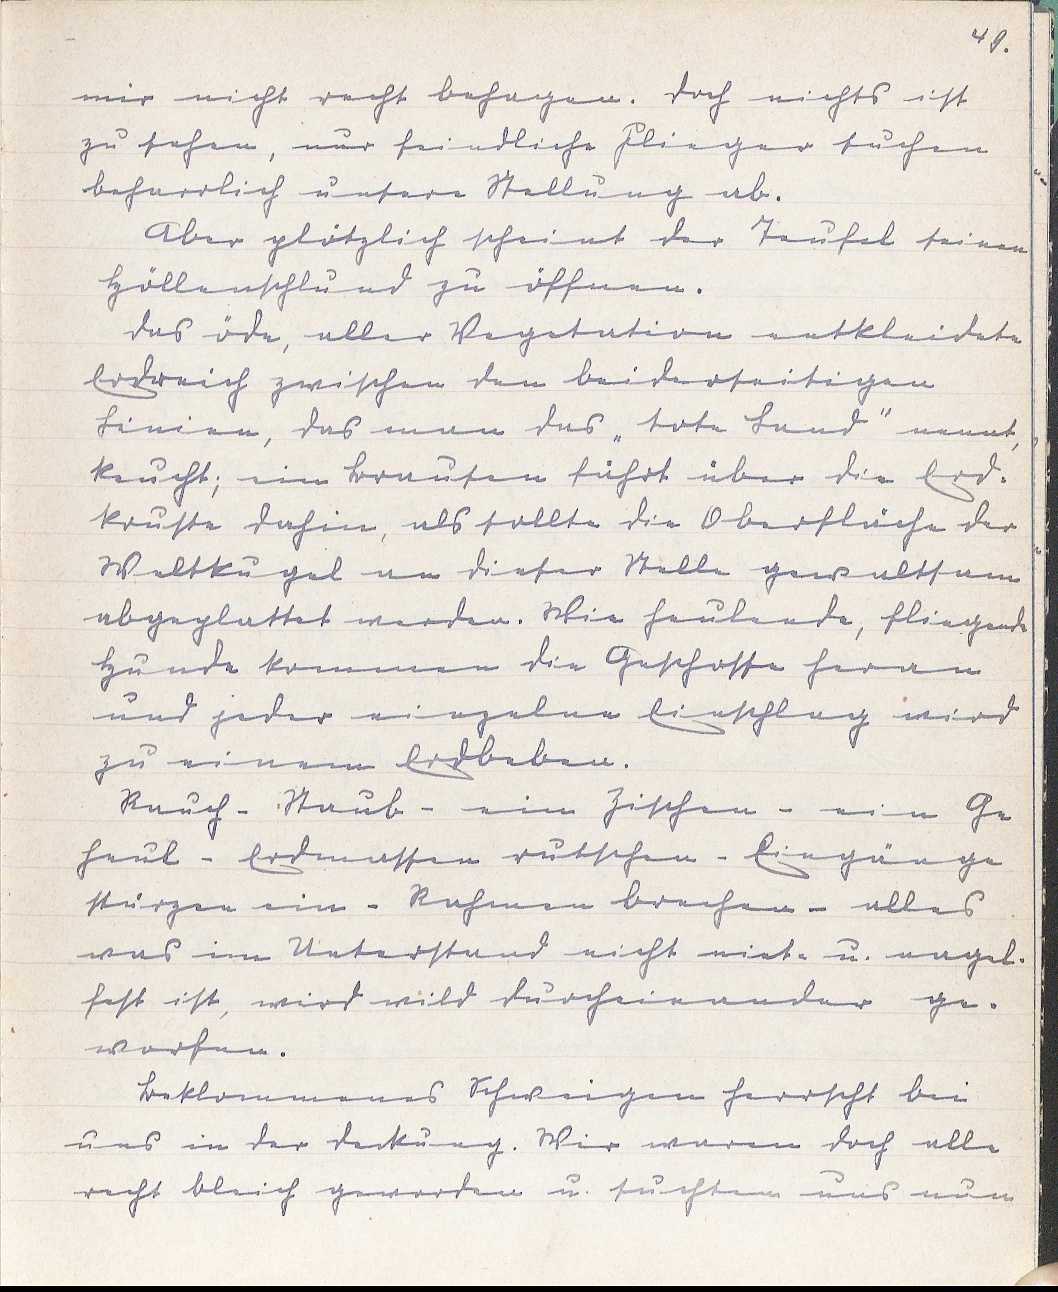
49.
mir nicht recht behagen. Doch nichts ist
zu sehen, nur feindliche Flieger suchen
beharrlich unsere Stellung ab.
Aber plötzlich scheint der Teufel seinen
Höllenschlund zu öffnen.
Das öde, aller Vegetation entkleidete
Erdreich zwischen den beiderseitigen
Linien, das man das "tote Land" nennt,
keucht; ein Brausen fährt über die Erd¬
kruste dahin, als sollte die Oberfläche der
Weltkugel an dieser Stelle gewaltsam
abgeplattet werden. Wie heulende, fliegende
Hunde kommen die Geschosse heran
und jeder einzelne Einschlag wird
zu einem Erdbeben.
Rauch - Staub - ein Zischen - ein Ge¬
heul - Erdmassen rutschen - Eingänge
stürzen ein - Rahmen brechen - alles
was im Unterstand nicht niet- u. nagel¬
fest ist, wird wild durcheinander ge¬
worfen.
Beklommenes Schweigen herrscht bei
uns in der Deckung. Wir waren doch alle
recht bleich geworden u. suchten uns nun